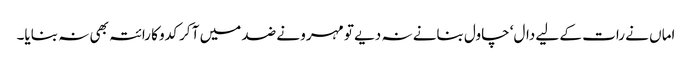
اماں نے رات کے لیے دال‘ چاول بنانے نہ دیے تو مہرو نے ضد میں آ کر کدو کا رائتہ بھی نہ بنایا۔